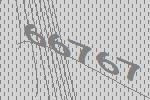
66767